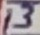
Text: 13